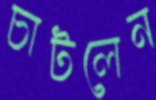
চাটলেন